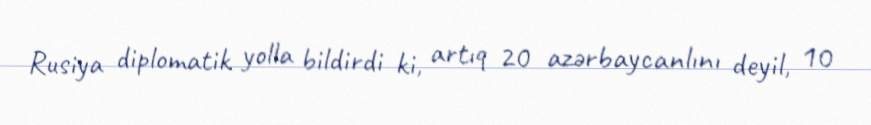
Rusiya diplomatik yolla bildirdi ki, artıq 20 azərbaycanlını deyil, 10